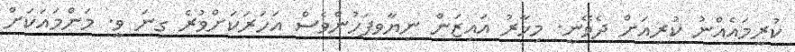
ކުރީމައެއްނު ކުރިއަށް ދެވޭނީ. މިހާރު އައިޒަން ނިޔާވިފަހުންވެސް އަހަރަކަށްވުރެ ގިނަ ވީ. މަންމައަކަށް